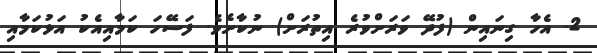
2. އެހާ ގިނައިން (ފުދޭ ވަރަށްވުރެ އިތުރަށް) ނުކާށެވެ. ފަސޭހަ ކަމާއިއެކު އަޅުކަމާއި